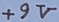
Text: +9V